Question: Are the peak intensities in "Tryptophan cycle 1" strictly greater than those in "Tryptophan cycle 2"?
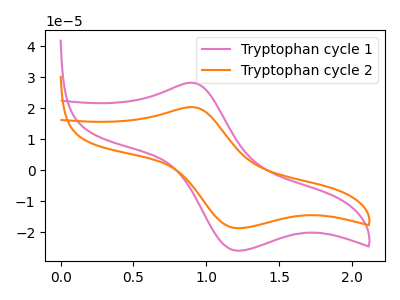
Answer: <think>The pink curve "Tryptophan cycle 1" has an anodic peak at (0.90V, 28.20uA) and a cathodic peak at (1.25V, -26.05uA). The orange curve "Tryptophan cycle 2" has an anodic peak at (0.90V, 20.35uA) and a cathodic peak at (1.25V, -18.80uA).</think>
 <answer>Every peak in "Tryptophan cycle 1" is higher than every peak in "Tryptophan cycle 2".</answer>
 <eval>higher</eval>